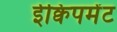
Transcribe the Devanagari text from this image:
ईक्विपमेंट